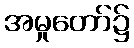
အမှုတော်၌